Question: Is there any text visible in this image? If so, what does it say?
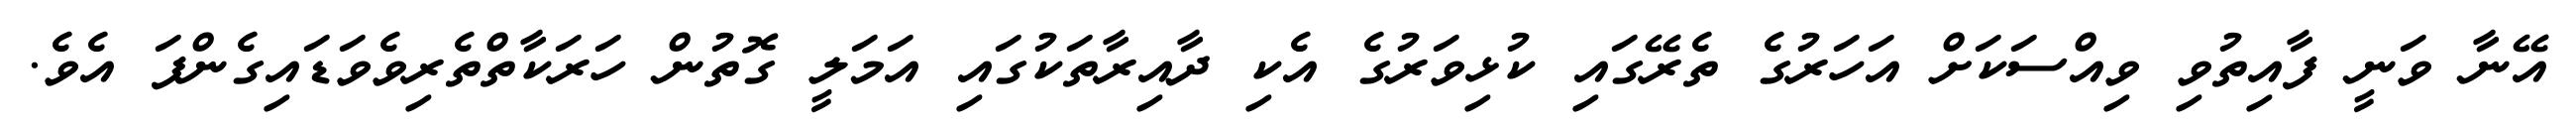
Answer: އޭނާ ވަނީ ފާއިތުވި ވިއްސަކަށް އަހަރުގެ ތެރޭގައި ކުޅިވަރުގެ އެކި ދާއިރާތަކުގައި އަމަލީ ގޮތުން ހަރަކާތްތެރިވެވަޑައިގެންފަ އެވެ.